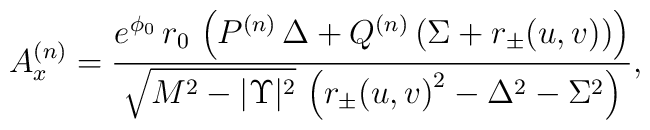
A^{(n)}_x = {{e^{{\phi_0}}\,r_0\,      \left( {P^{(n)}}\,{\Delta} + {Q^{(n)}}\,(\Sigma + r_{\pm}(u,v))\right) }     \over {{\sqrt{{M^2} - {|\Upsilon|^2}}}\,      \left( {{r_{\pm}(u,v)}^          2} -{{{\Delta}}^2} - {\Sigma^2} \right) }},